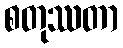
စတုဿတာ